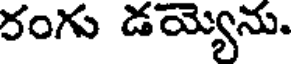
రంగు డయ్యెను.